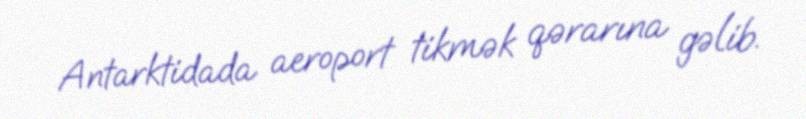
Antarktidada aeroport tikmək qərarına gəlib.